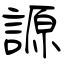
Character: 謜